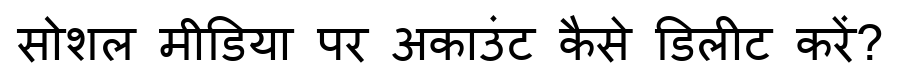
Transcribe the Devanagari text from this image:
सोशल मीडिया पर अकाउंट कैसे डिलीट करें?